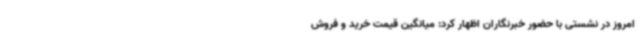
امروز در نشستی با حضور خبرنگاران اظهار کرد: میانگین قیمت خرید و فروش